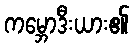
ကမ္ဘောဒီးယား၏